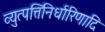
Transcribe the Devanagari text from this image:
व्युत्पत्तिनिर्धारिणादि